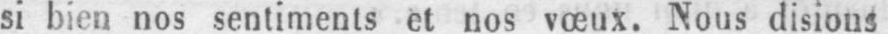
si bien nos sentiments et nos vœux. Nous disions